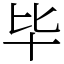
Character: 毕